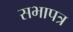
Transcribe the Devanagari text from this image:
सभापत्र